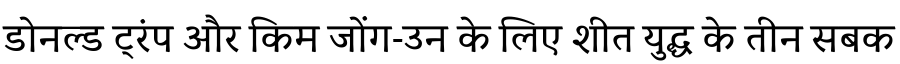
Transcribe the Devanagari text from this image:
डोनल्ड ट्रंप और किम जोंग-उन के लिए शीत युद्ध के तीन सबक